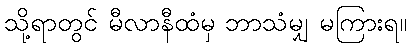
သို့ရာတွင် မီလာနီထံမှ ဘာသံမျှ မကြားရ။